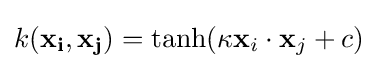
k(\mathbf {x_{i}} ,\mathbf {x_{j}} )=\tanh(\kappa \mathbf {x} _{i}\cdot \mathbf {x} _{j}+c)